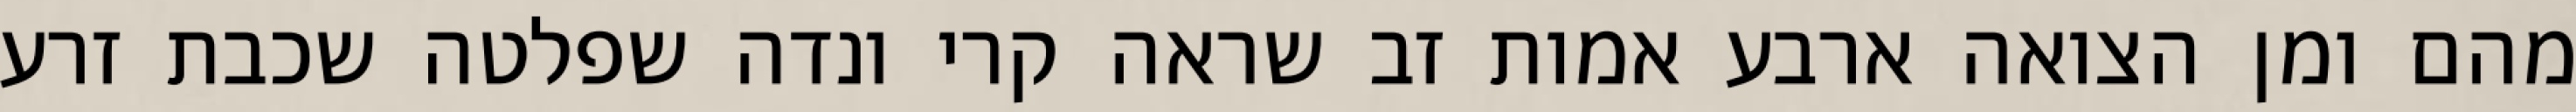
מהם ומן הצואה ארבע אמות זב שראה קרי ונדה שפלטה שכבת זרע